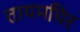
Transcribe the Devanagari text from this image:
तायमयिर